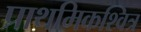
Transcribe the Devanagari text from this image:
प्राथमिकश्वित्र